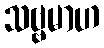
သဗ္ဗမာဟ